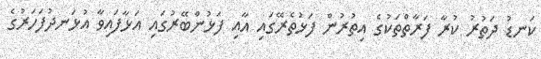
ކަނޑު ދަތުރު ކުރާ ފަރާތްތަކުގެ އިތުރުން ފަޅުތެރޭގައި އާއި ފަޅުންބޭރުގައި އަޅާފައިވާ އުޅަނދުފަހަރުގެ